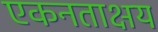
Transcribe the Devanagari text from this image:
एकनताक्षय